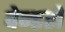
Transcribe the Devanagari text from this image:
वेन्डरों